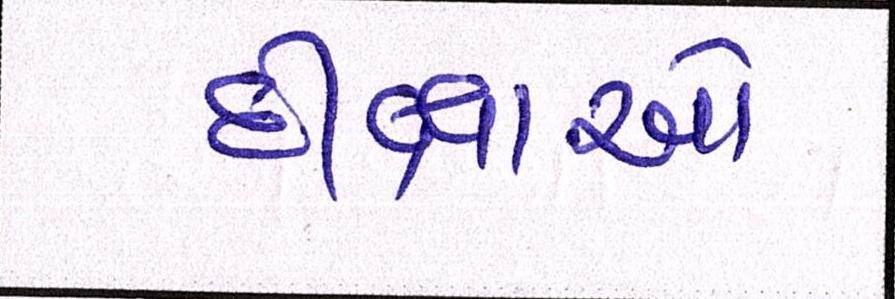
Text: દીક્ષાઓ